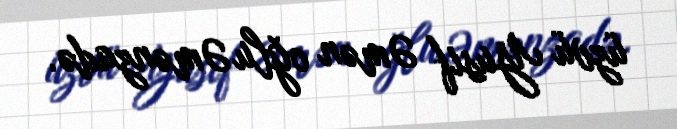
üzvü Yusif Əmən oğlu Əmənzadə.